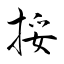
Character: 挼